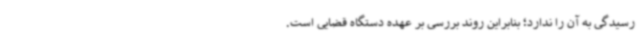
رسیدگی به آن را ندارد؛ بنابراین روند بررسی بر عهده‌ دستگاه قضایی است.